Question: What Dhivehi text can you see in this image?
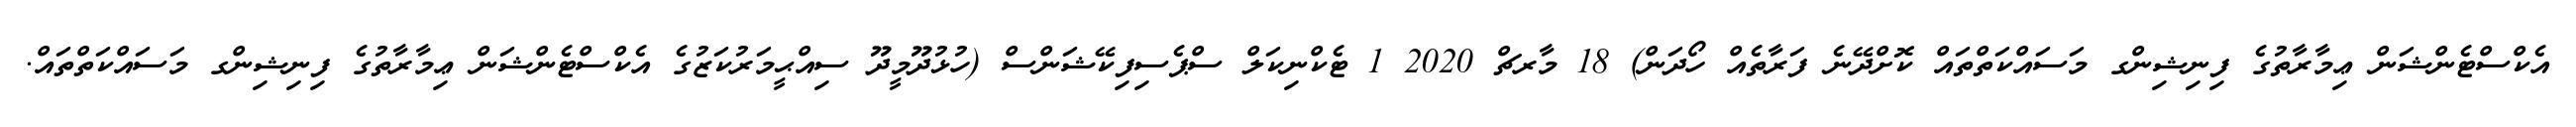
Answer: އެކްސްޓެންޝަން ޢިމާރާތުގެ ފިނިޝިންގ މަސައްކަތްތައް ކޮށްދޭނެ ފަރާތެއް ހޯދަން) 18 މާރޗް 2020 1 ޓެކްނިކަލް ސްޕެސިފިކޭޝަންސް (ހުޅުދޫމީދޫ ސިއްޙީމަރުކަޒުގެ އެކްސްޓެންޝަން ޢިމާރާތުގެ ފިނިޝިންގ މަސައްކަތްތައް.